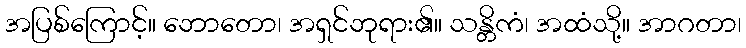
အပြစ်ကြောင့်။ ဘောတော၊ အရှင်ဘုရား၏။ သန္တိကံ၊ အထံသို့။ အာဂတာ၊